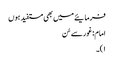
فرمایئے میں بھی مستفید ہوں
امام: غورسے سُن
۱)۔